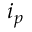
i _ { p }